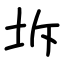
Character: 坼